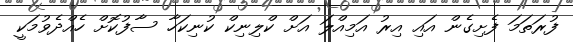
ފުރަތަމަ ފެށިގެން އައި އިރު އަމިއްލަ އަށް ކްލިނިކް ކުނިކަހާ ސާފުކޮށް ހެއްދެވުމަކީ